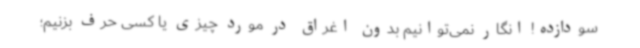
سودازده! انگار نمی‌توانیم بدون اغراق در مورد چیزی یا کسی حرف بزنیم؛